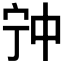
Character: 𡧲